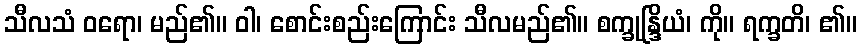
သီလသံ ဝရော၊ မည်၏။ ဝါ၊ စောင်းစည်းကြောင်း သီလမည်၏။ စက္ခုန္ဒြိယံ၊ ကို။ ရက္ခတိ၊ ၏။